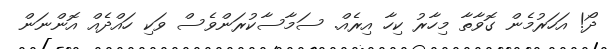
ދޯ! އަހަރުމެން ގޮވާތާ މިހާރު ކިހާ އިރެއް. ސަމާސާކުރަންވެސް ވަކި ހައްދެއް އޮންނަން